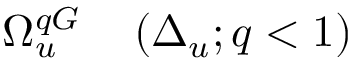
\begin{array} { r l } { \Omega _ { u } ^ { q G } } & { { } \left( \Delta _ { u } ; q < 1 \right) } \end{array}